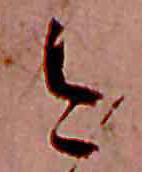
今